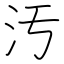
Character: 汚